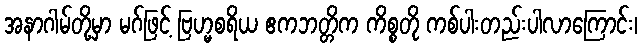
အနာဂါမ်တို့မှာ မဂ်ဖြင့် ဗြဟ္မစရိယ ဧကဘတ္တိက ကိစ္စတို ကစ်ပါးတည်းပါလာကြောင်း၊